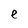
Character: e